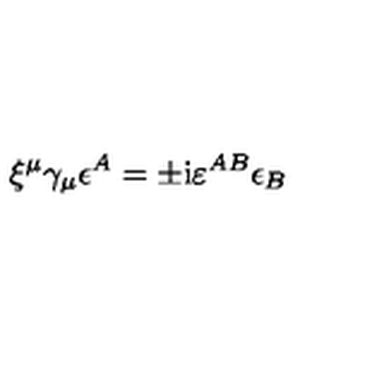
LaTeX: \xi ^ { \mu } \gamma _ { \mu } \epsilon ^ { A } = \pm \mathrm { i } \varepsilon ^ { A B } \epsilon _ { B }